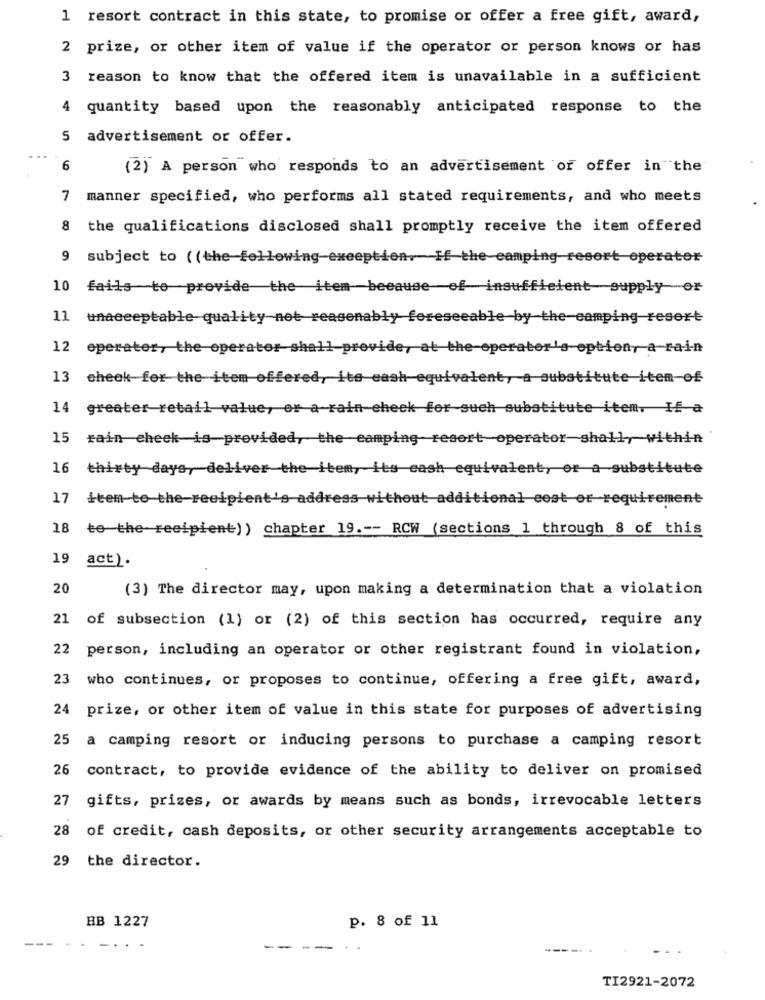
1 resort contract in this state, to promise or offer a free gift, award,
2 prize, or other item of value if the operator or person knows or has
3 reason to know that the offered item is unavailable in a sufficient
4 quantity based upon the reasonably anticipated response to the
5 advertisement or offer.
6
(2) A person who responds to an advertisement of offer in the
7 manner specified, who performs all stated requirements, and who meets
8 the qualifications disclosed shall promptly receive the item offered
9 subject to ((the following-exception, If the camping resort operator
10 fails to provide the item because of insufficient supply of
11 unacceptable quality not reasonably foreseeable by the-camping resort
12 eperater, the operator shall provide, at the operator's option, a rain
13 check for the item offered, its eash equivalent, a substitute item-of
14
greater retail value, or a rain check for such substitute item. If a
15
rain check is-provided, the camping resort operator shall, within
16
thirty days, deliver the item, its cash equivalent, or a substitute
17
item-to-the-recipient's address without additional cost or requirement
18
te the reeipient) ) chapter 19 .-- RCW (sections 1 through 8 of this
19 act).
20
(3) The director may, upon making a determination that a violation
21 of subsection (1) or (2) of this section has occurred, require any
22 person, including an operator or other registrant found in violation,
23 who continues, or proposes to continue, offering a free gift, award,
24
prize, or other item of value in this state for purposes of advertising
25 a camping resort or inducing persons to purchase a camping resort
26 contract, to provide evidence of the ability to deliver on promised
27
gifts, prizes, or awards by means such as bonds, irrevocable letters
28 of credit, cash deposits, or other security arrangements acceptable to
29 the director.
HB 1227
p. 8 of 11
---
-- -...
-
TI2921-2072